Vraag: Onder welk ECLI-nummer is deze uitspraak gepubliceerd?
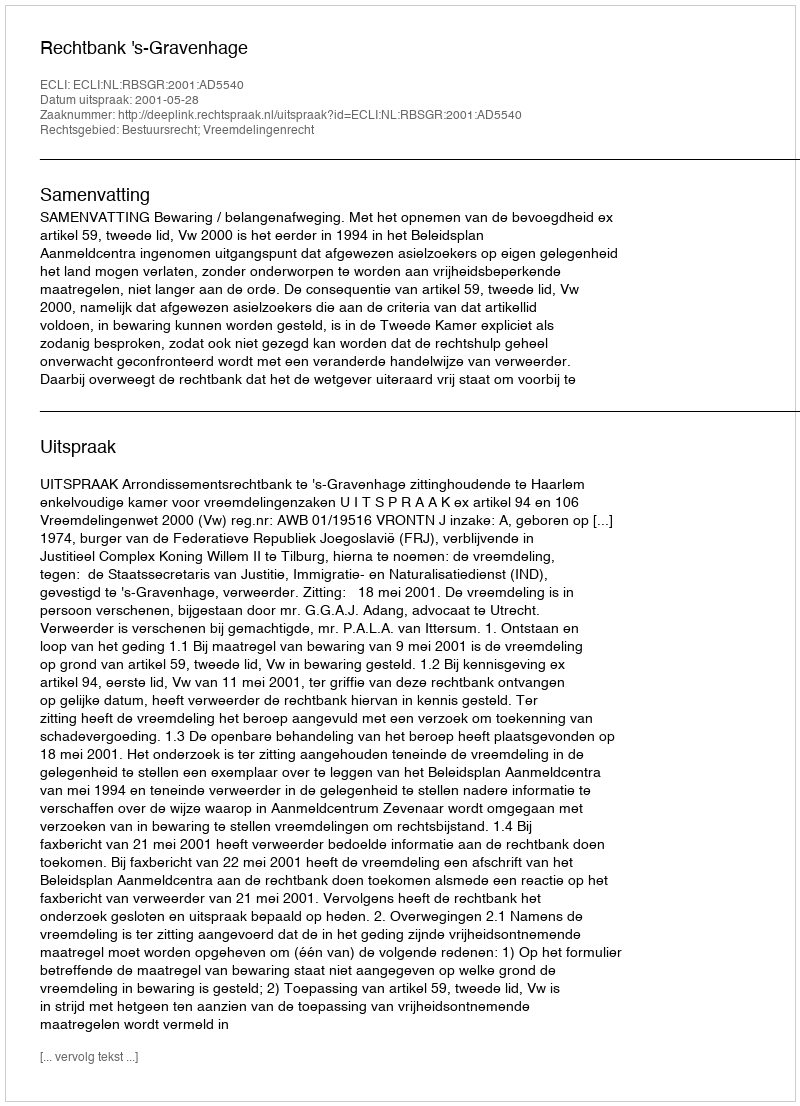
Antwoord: ECLI:NL:RBSGR:2001:AD5540